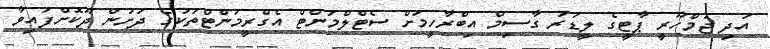
އަދި ޖުމްހޫރީ ޕާޓީގެ ލީޑަރު ގާސިމް އިބްރާހީމަށް ސެޓްލްމަންޓް އެގްރީމަންޓްތަކުގެ ދަށުން ދޫކޮށްފައިވާ